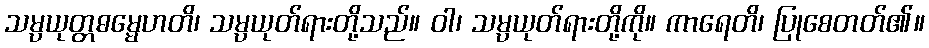
သမ္ပယုတ္တဓမ္မေဟတိ၊ သမ္ပယုတ်ရားတို့သည်။ ဝါ၊ သမ္ပယုတ်ရားတို့ကို။ ကာရေတိ၊ ပြုစေတတ်၏။